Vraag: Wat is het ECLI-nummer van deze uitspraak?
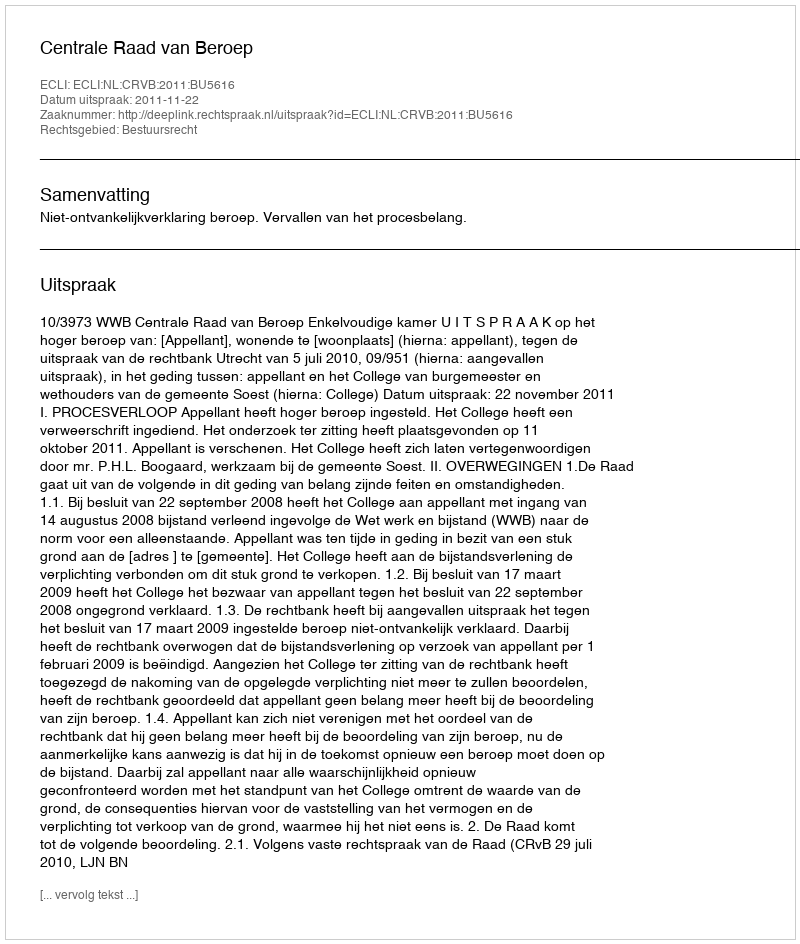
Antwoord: ECLI:NL:CRVB:2011:BU5616